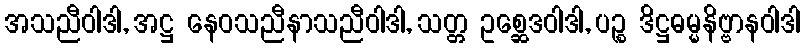
အသညီဝါဒါ, အဋ္ဌ နေဝသညီနာသညီဝါဒါ, သတ္တ ဥစ္ဆေဒဝါဒါ, ပဉ္စ ဒိဋ္ဌဓမ္မနိဗ္ဗာနဝါဒါ